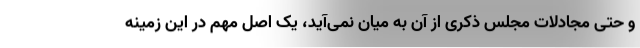
و حتی مجادلات مجلس ذکری از آن به میان نمی‌آید، یک اصل مهم در این زمینه